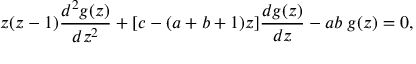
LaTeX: z ( z - 1 ) \frac { d ^ { 2 } g ( z ) } { d z ^ { 2 } } + [ c - ( a + b + 1 ) z ] \frac { d g ( z ) } { d z } - a b \; g ( z ) = 0 ,